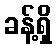
ခန့်ရှိ